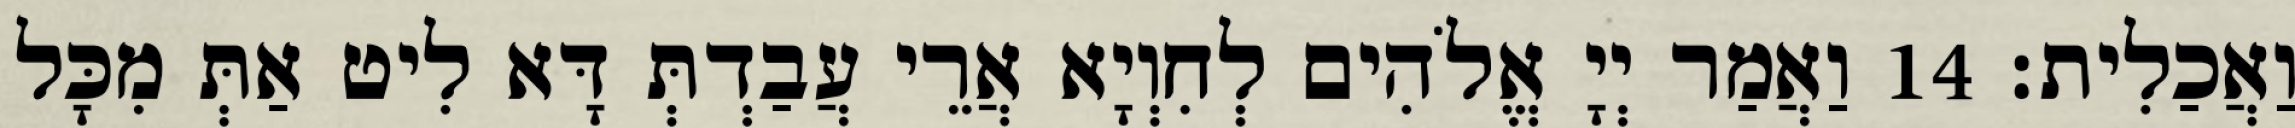
וַאֲכַלִית׃ 14 וַאֲמַר יְיָ אֱלֹהִים לְחִוְיָא אֲרֵי עֲבַדְתְּ דָּא לִיט אַתְּ מִכָּל